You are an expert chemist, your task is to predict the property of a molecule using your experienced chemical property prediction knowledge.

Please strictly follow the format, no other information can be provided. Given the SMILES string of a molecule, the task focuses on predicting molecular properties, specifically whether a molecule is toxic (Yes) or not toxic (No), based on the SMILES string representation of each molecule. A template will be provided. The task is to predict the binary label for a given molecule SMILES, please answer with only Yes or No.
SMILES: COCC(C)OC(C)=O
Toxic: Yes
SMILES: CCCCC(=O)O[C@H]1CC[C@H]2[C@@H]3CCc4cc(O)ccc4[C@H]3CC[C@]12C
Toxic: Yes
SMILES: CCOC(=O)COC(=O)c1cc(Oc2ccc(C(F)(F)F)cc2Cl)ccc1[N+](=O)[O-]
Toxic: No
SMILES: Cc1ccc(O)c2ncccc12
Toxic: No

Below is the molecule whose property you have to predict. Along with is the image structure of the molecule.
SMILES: Cc1ccc(/C=N/n2c(-c3ccccc3)csc2=S)cc1
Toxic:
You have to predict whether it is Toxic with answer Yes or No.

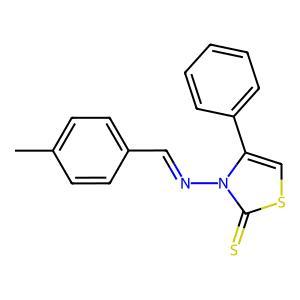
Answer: No